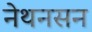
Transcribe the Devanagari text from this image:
नेथनसन